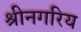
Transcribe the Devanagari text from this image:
श्रीनगरिय